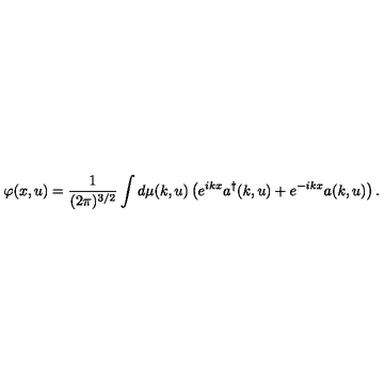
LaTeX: \varphi ( x , u ) = \frac { 1 } { ( 2 \pi ) ^ { 3 / 2 } } \int d \mu ( k , u ) \left( e ^ { i k x } a ^ { \dagger } ( k , u ) + e ^ { - i k x } a ( k , u ) \right) .